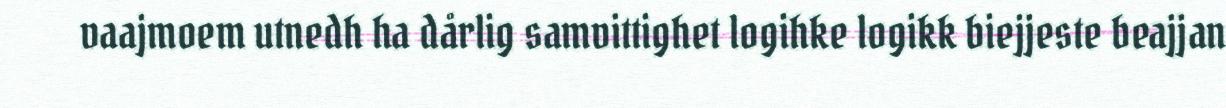
vaajmoem utnedh ha dårlig samvittighet logihke logikk biejjeste beajjan